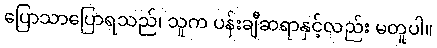
ပြောသာပြောရသည်၊ သူက ပန်းချီဆရာနှင့်လည်း မတူပါ။